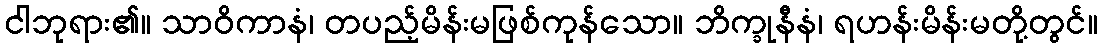
ငါဘုရား၏။ သာဝိကာနံ၊ တပည့်မိန်းမဖြစ်ကုန်သော။ ဘိက္ခုနီနံ၊ ရဟန်းမိန်းမတို့တွင်။